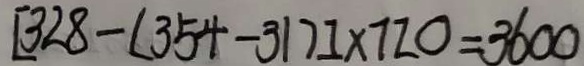
[ 3 2 8 - ( 3 5 4 - 3 1 ) ] \times 7 2 0 = 3 6 0 0